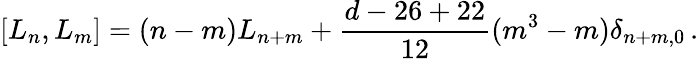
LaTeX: [L_{n},L_{m}]=(n-m)L_{n+m}+\frac{d-26+22}{12}(m^{3}-m)\delta_{n+m,0}\, .